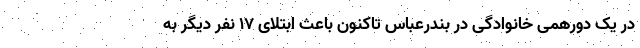
در یک دورهمی خانوادگی در بندرعباس تاکنون باعث ابتلای ۱۷ نفر دیگر به